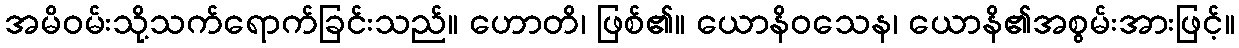
အမိဝမ်းသို့သက်ရောက်ခြင်းသည်။ ဟောတိ၊ ဖြစ်၏။ ယောနိဝသေန၊ ယောနိ၏အစွမ်းအားဖြင့်။